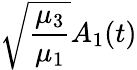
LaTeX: \sqrt{\frac{\mu_{3}}{\mu_{1}}}A_{1}(t)